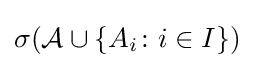
\sigma ({\mathcal {A}}\cup \{A_{i}\colon i\in I\})